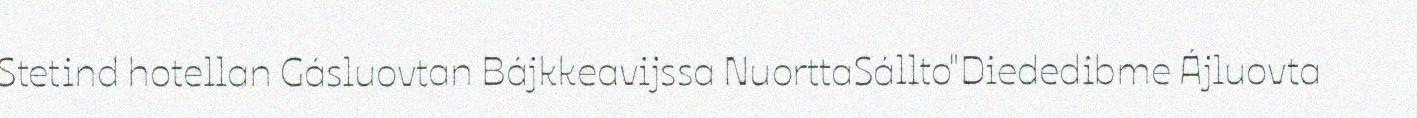
Stetind hotellan Gásluovtan Bájkkeavijssa NuorttaSállto"Diededibme Ájluovta